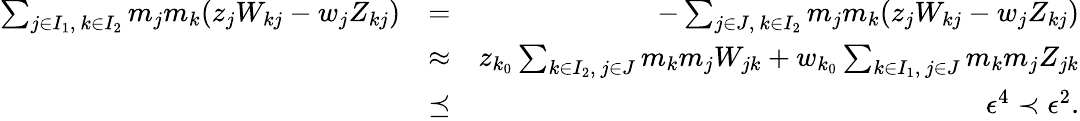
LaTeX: \begin{array}{rlr}{\sum_{j\in I_{1},\ k\in I_{2}}m_{j}m_{k}(z_{j}W_{kj}-w_{j}Z_{kj})}&{=}&{-\sum_{j\in J,\ k\in I_{2}}m_{j}m_{k}(z_{j}W_{kj}-w_{j}Z_{kj})}\\ &{\approx}&{z_{k_{0}}\sum_{k\in I_{2},\ j\in J}m_{k}m_{j}W_{jk}+w_{k_{0}}\sum_{k\in I_{1},\ j\in J}m_{k}m_{j}Z_{jk}}\\ &{\preceq}&{\epsilon^{4}\prec\epsilon^{2}.}\end{array}